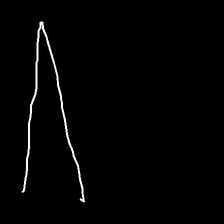
Glyph: region